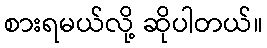
စားရမယ်လို့ ဆိုပါတယ်။